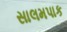
સાલમપાક